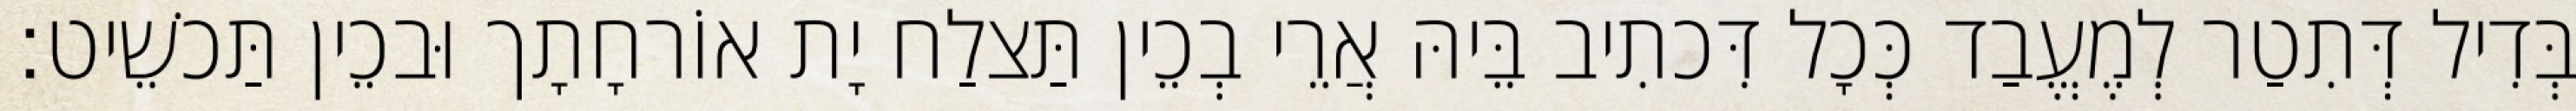
בְּדִיל דְּתִטַר לְמֶעֱבַד כְּכָל דִּכתִיב בֵּיהּ אֲרֵי בְכֵין תַּצלַח יָת אוֹרחָתָך וּבכֵין תַּכשֵׁיט׃